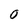
Character: o